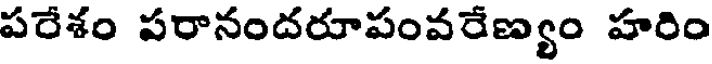
పరేశం పరానందరూపంవరేణ్యం హరిం